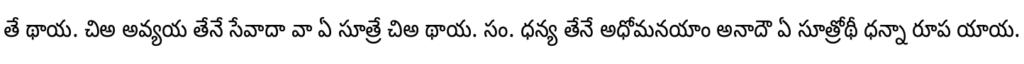
తే థాయ. చిఅ అవ్యయ తేనే సేవాదా వా ఏ సూత్రే చిఅ థాయ. సం. ధన్య తేనే అధోమనయాం అనాదౌ ఏ సూత్రోథీ ధన్నా రూప యాయ.